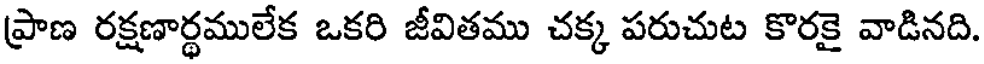
ప్రాణ రక్షణార్థములేక ఒకరి జీవితము చక్క పరుచుట కొరకై వాడినది.